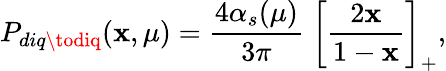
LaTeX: P_{diq\todiq}(\mathbf{x},\mu)=\frac{{4\alpha_{s}(\mu)}}{{3\pi}}\; \bigg[\frac{{2\mathbf{x}}}{{1-\mathbf{x}}}\biggr]_{+},